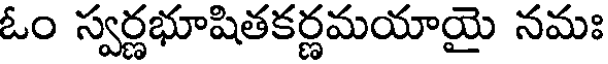
ఓం స్వర్ణభూషితకర్ణమయాయై నమః